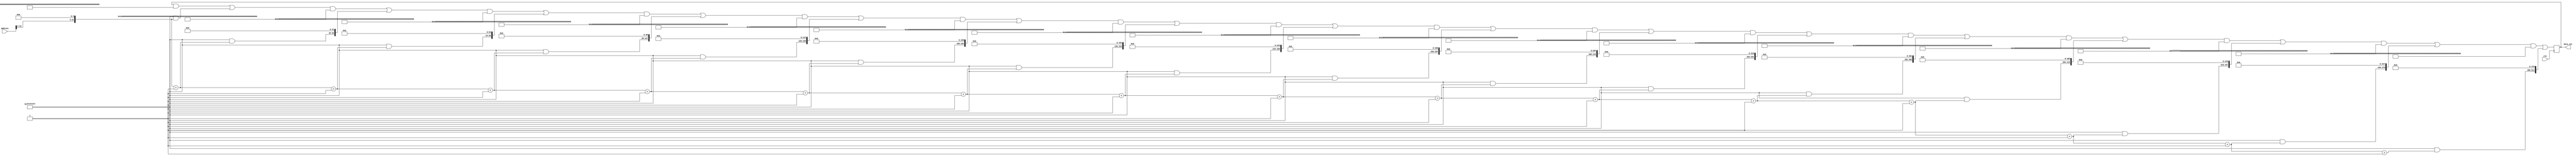
module main_memory(clk,address,data_out);
    input [31:0] address;
    input clk;
    output [511:0] data_out;
    reg [511:0] data_out;
    reg [31:0] intialAddress;
    integer i;
    integer p;
    integer q;

    always@(posedge clk)
    begin
        intialAddress = {address[31:4],{4'b0000}};
        q=31;
        for(i=0;i<16;i=i+1) 
        begin
            data_out[q-:32] = intialAddress;
            q = q+32;        
            intialAddress = intialAddress+1;
            
        end
    end
endmodule